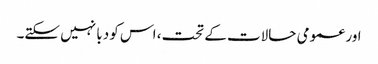
اور عمومی حالات کے تحت، اس کو دبا نہیں سکتے۔